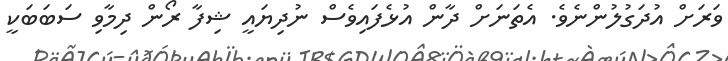
ވަރަށް އުދަގުލުންނެވެ. އެތަނަށް ދާން އުޅެފައިވެސް ނުދިޔައީ ޝިފާ ރޯން ދިމާވި ސަބަބަކީ